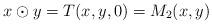
LaTeX: \begin{align*} x\odot y = T(x,y,0) = M_2(x,y)\end{align*}